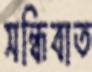
সন্ধিবাত